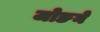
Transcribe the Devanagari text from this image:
जोङने